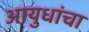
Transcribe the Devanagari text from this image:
आयुधांचा